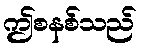
ဤစနစ်သည်